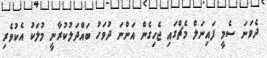
ދެވަނަ ސެމީ ފައިނަލް މެޗްގައި ޖެހިގެން އަންނަ ދުވަހު ބައްދަލުކުރާނީ މުލަކު އެކުވެރި